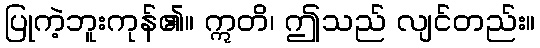
ပြုကဲ့ဘူးကုန်၏။ ဣတိ၊ ဤသည် လျင်တည်း။